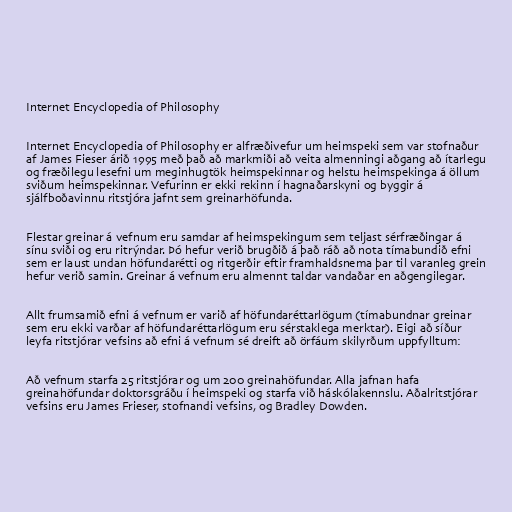
Internet Encyclopedia of Philosophy

Internet Encyclopedia of Philosophy er alfræðivefur um heimspeki sem var stofnaður
af James Fieser árið 1995 með það að markmiði að veita almenningi aðgang að ítarlegu
og fræðilegu lesefni um meginhugtök heimspekinnar og helstu heimspekinga á öllum
sviðum heimspekinnar. Vefurinn er ekki rekinn í hagnaðarskyni og byggir á
sjálfboðavinnu ritstjóra jafnt sem greinarhöfunda.

Flestar greinar á vefnum eru samdar af heimspekingum sem teljast sérfræðingar á
sínu sviði og eru ritrýndar. Þó hefur verið brugðið á það ráð að nota tímabundið efni
sem er laust undan höfundarétti og ritgerðir eftir framhaldsnema þar til varanleg grein
hefur verið samin. Greinar á vefnum eru almennt taldar vandaðar en aðgengilegar.

Allt frumsamið efni á vefnum er varið af höfundaréttarlögum (tímabundnar greinar
sem eru ekki varðar af höfundaréttarlögum eru sérstaklega merktar). Eigi að síður
leyfa ritstjórar vefsins að efni á vefnum sé dreift að örfáum skilyrðum uppfylltum:

Að vefnum starfa 25 ritstjórar og um 200 greinahöfundar. Alla jafnan hafa
greinahöfundar doktorsgráðu í heimspeki og starfa við háskólakennslu. Aðalritstjórar
vefsins eru James Frieser, stofnandi vefsins, og Bradley Dowden.